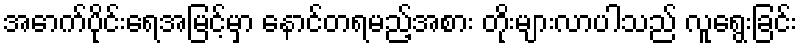
အောက်ပိုင်းရေအမြင့်မှာ နောင်တရမည့်အစား တိုးများလာပါသည် လူရွေးခြင်း